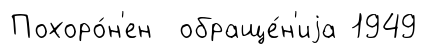
Похоро́н'ен обраще́н'иjа 1949